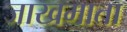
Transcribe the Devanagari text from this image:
जाखमाता